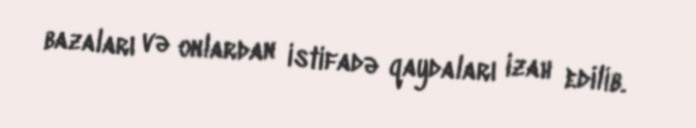
bazaları və onlardan istifadə qaydaları izah edilib.